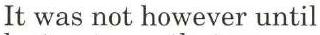
It was not however until